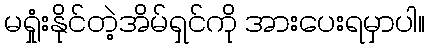
မရှုံးနိုင်တဲ့အိမ်ရှင်ကို အားပေးရမှာပါ။